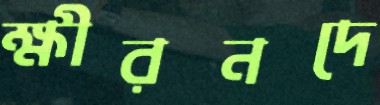
ক্ষীরনদে